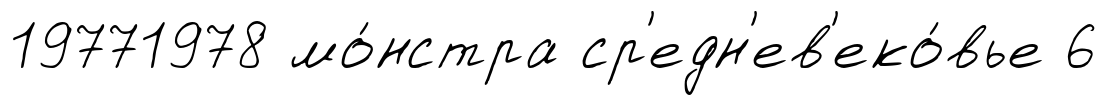
19771978 мо́нстра ср'едн'ев'еко́вье 6